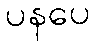
ပနပေ